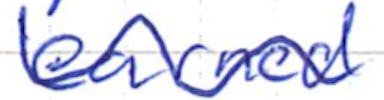
Text: earned
Cross-out: wave
Writing tool: ballpoint